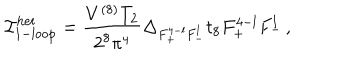
LaTeX: { { \cal I } } _ { \mathrm { 1 - l o o p } } ^ { \mathrm { h e t } } = \frac { V ^ { ( 8 ) } T _ { 2 } } { 2 ^ { 8 } \pi ^ { 4 } } \Delta _ { F _ { + } ^ { 4 - l } F _ { - } ^ { l } } t _ { 8 } F _ { + } ^ { 4 - l } F _ { - } ^ { l } \, ,